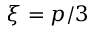
\xi = p / 3